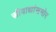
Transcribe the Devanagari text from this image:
स्त्रीवाद्यांसमोर